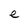
Character: e